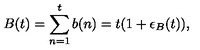
B ( t ) = \sum _ { n = 1 } ^ { t } b ( n ) = t ( 1 + \epsilon _ { B } ( t ) ) ,